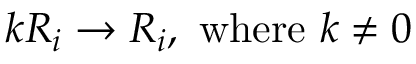
k R _ { i } \rightarrow R _ { i } , \ { \mathrm { w h e r e ~ } } k \neq 0